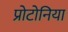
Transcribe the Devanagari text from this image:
प्रोटोनिया